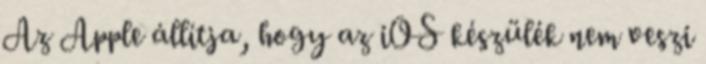
Az Apple állítja, hogy az iOS készülék nem veszi